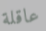
عاقلة